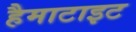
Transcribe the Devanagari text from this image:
हैमाटाइट